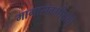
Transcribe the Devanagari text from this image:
मागासवर्गीयांचे